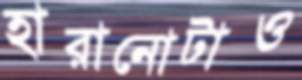
হারানোটাও